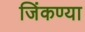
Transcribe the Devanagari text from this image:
जिंकण्या